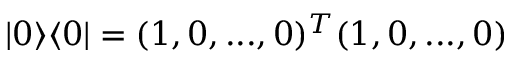
| 0 \rangle \langle 0 | = ( 1 , 0 , . . . , 0 ) ^ { T } ( 1 , 0 , . . . , 0 )